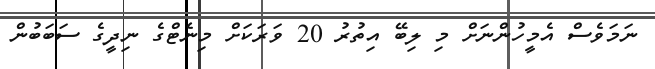
ނަމަވެސް އެމީހުންނަށް މި ލިބޭ އިތުރު 20 ވަރަކަށް މިނެޓްގެ ނިދީގެ ސަބަބުން